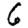
Digit: 6